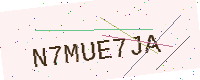
Text: N7MUE7JA